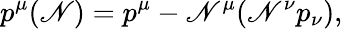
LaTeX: p^{\mu}(\mathscr{N})=p^{\mu}-\mathscr{N}^{\mu}(\mathscr{N}^{\nu}p_{\nu}),